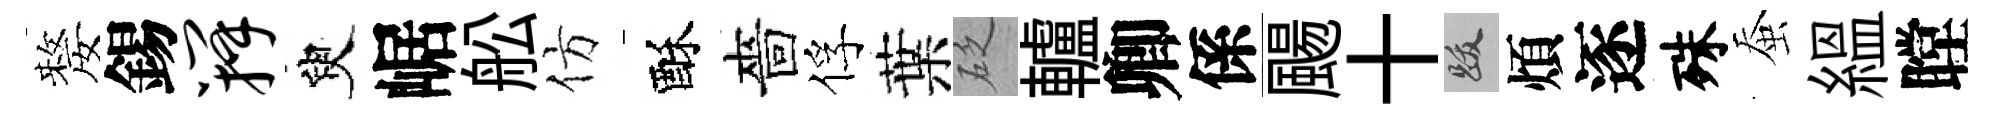
嫠錫瓣臾崌舩仿酥嗇俘葉砭轤卿係颺十跋煩逐殊蚕緼瞠